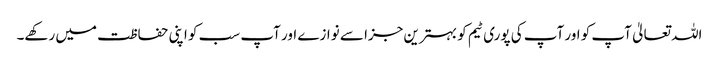
اللہ تعالیٰ آپ کو اور آپ کی پوری ٹیم کو بہترین جزا سے نوازے اور آپ سب کو اپنی حفاظت میں رکھے۔